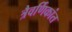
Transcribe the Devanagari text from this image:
त्रैवर्णिकांत